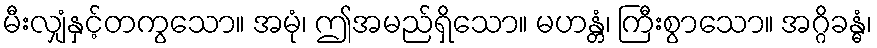
မီးလျှံနှင့်တကွသော။ အမုံ၊ ဤအမည်ရှိသော။ မဟန္တံ၊ ကြီးစွာသော။ အဂ္ဂိခန္ဓံ၊